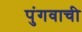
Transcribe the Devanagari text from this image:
पुंगवाची